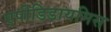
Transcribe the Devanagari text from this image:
एपीडिडायमिस